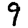
Digit: 9